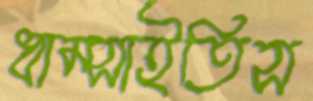
ধাম্‌সাইতিস